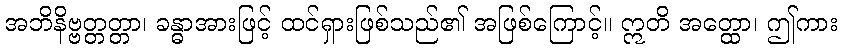
အဘိနိဗ္ဗတ္တတ္တာ၊ ခန္ဓာအားဖြင့် ထင်ရှားဖြစ်သည်၏ အဖြစ်ကြောင့်။ ဣတိ အတ္ထော၊ ဤကား